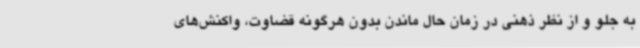
به جلو و از نظر ذهنی در زمان حال ماندن بدون هرگونه قضاوت، واکنش‌های